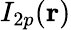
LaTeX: I_{2p}(\mathbf{r})